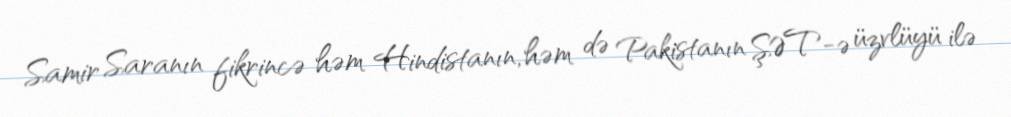
Samir Saranın fikrincə həm Hindistanın, həm də Pakistanın ŞƏT-ə üzvlüyü ilə